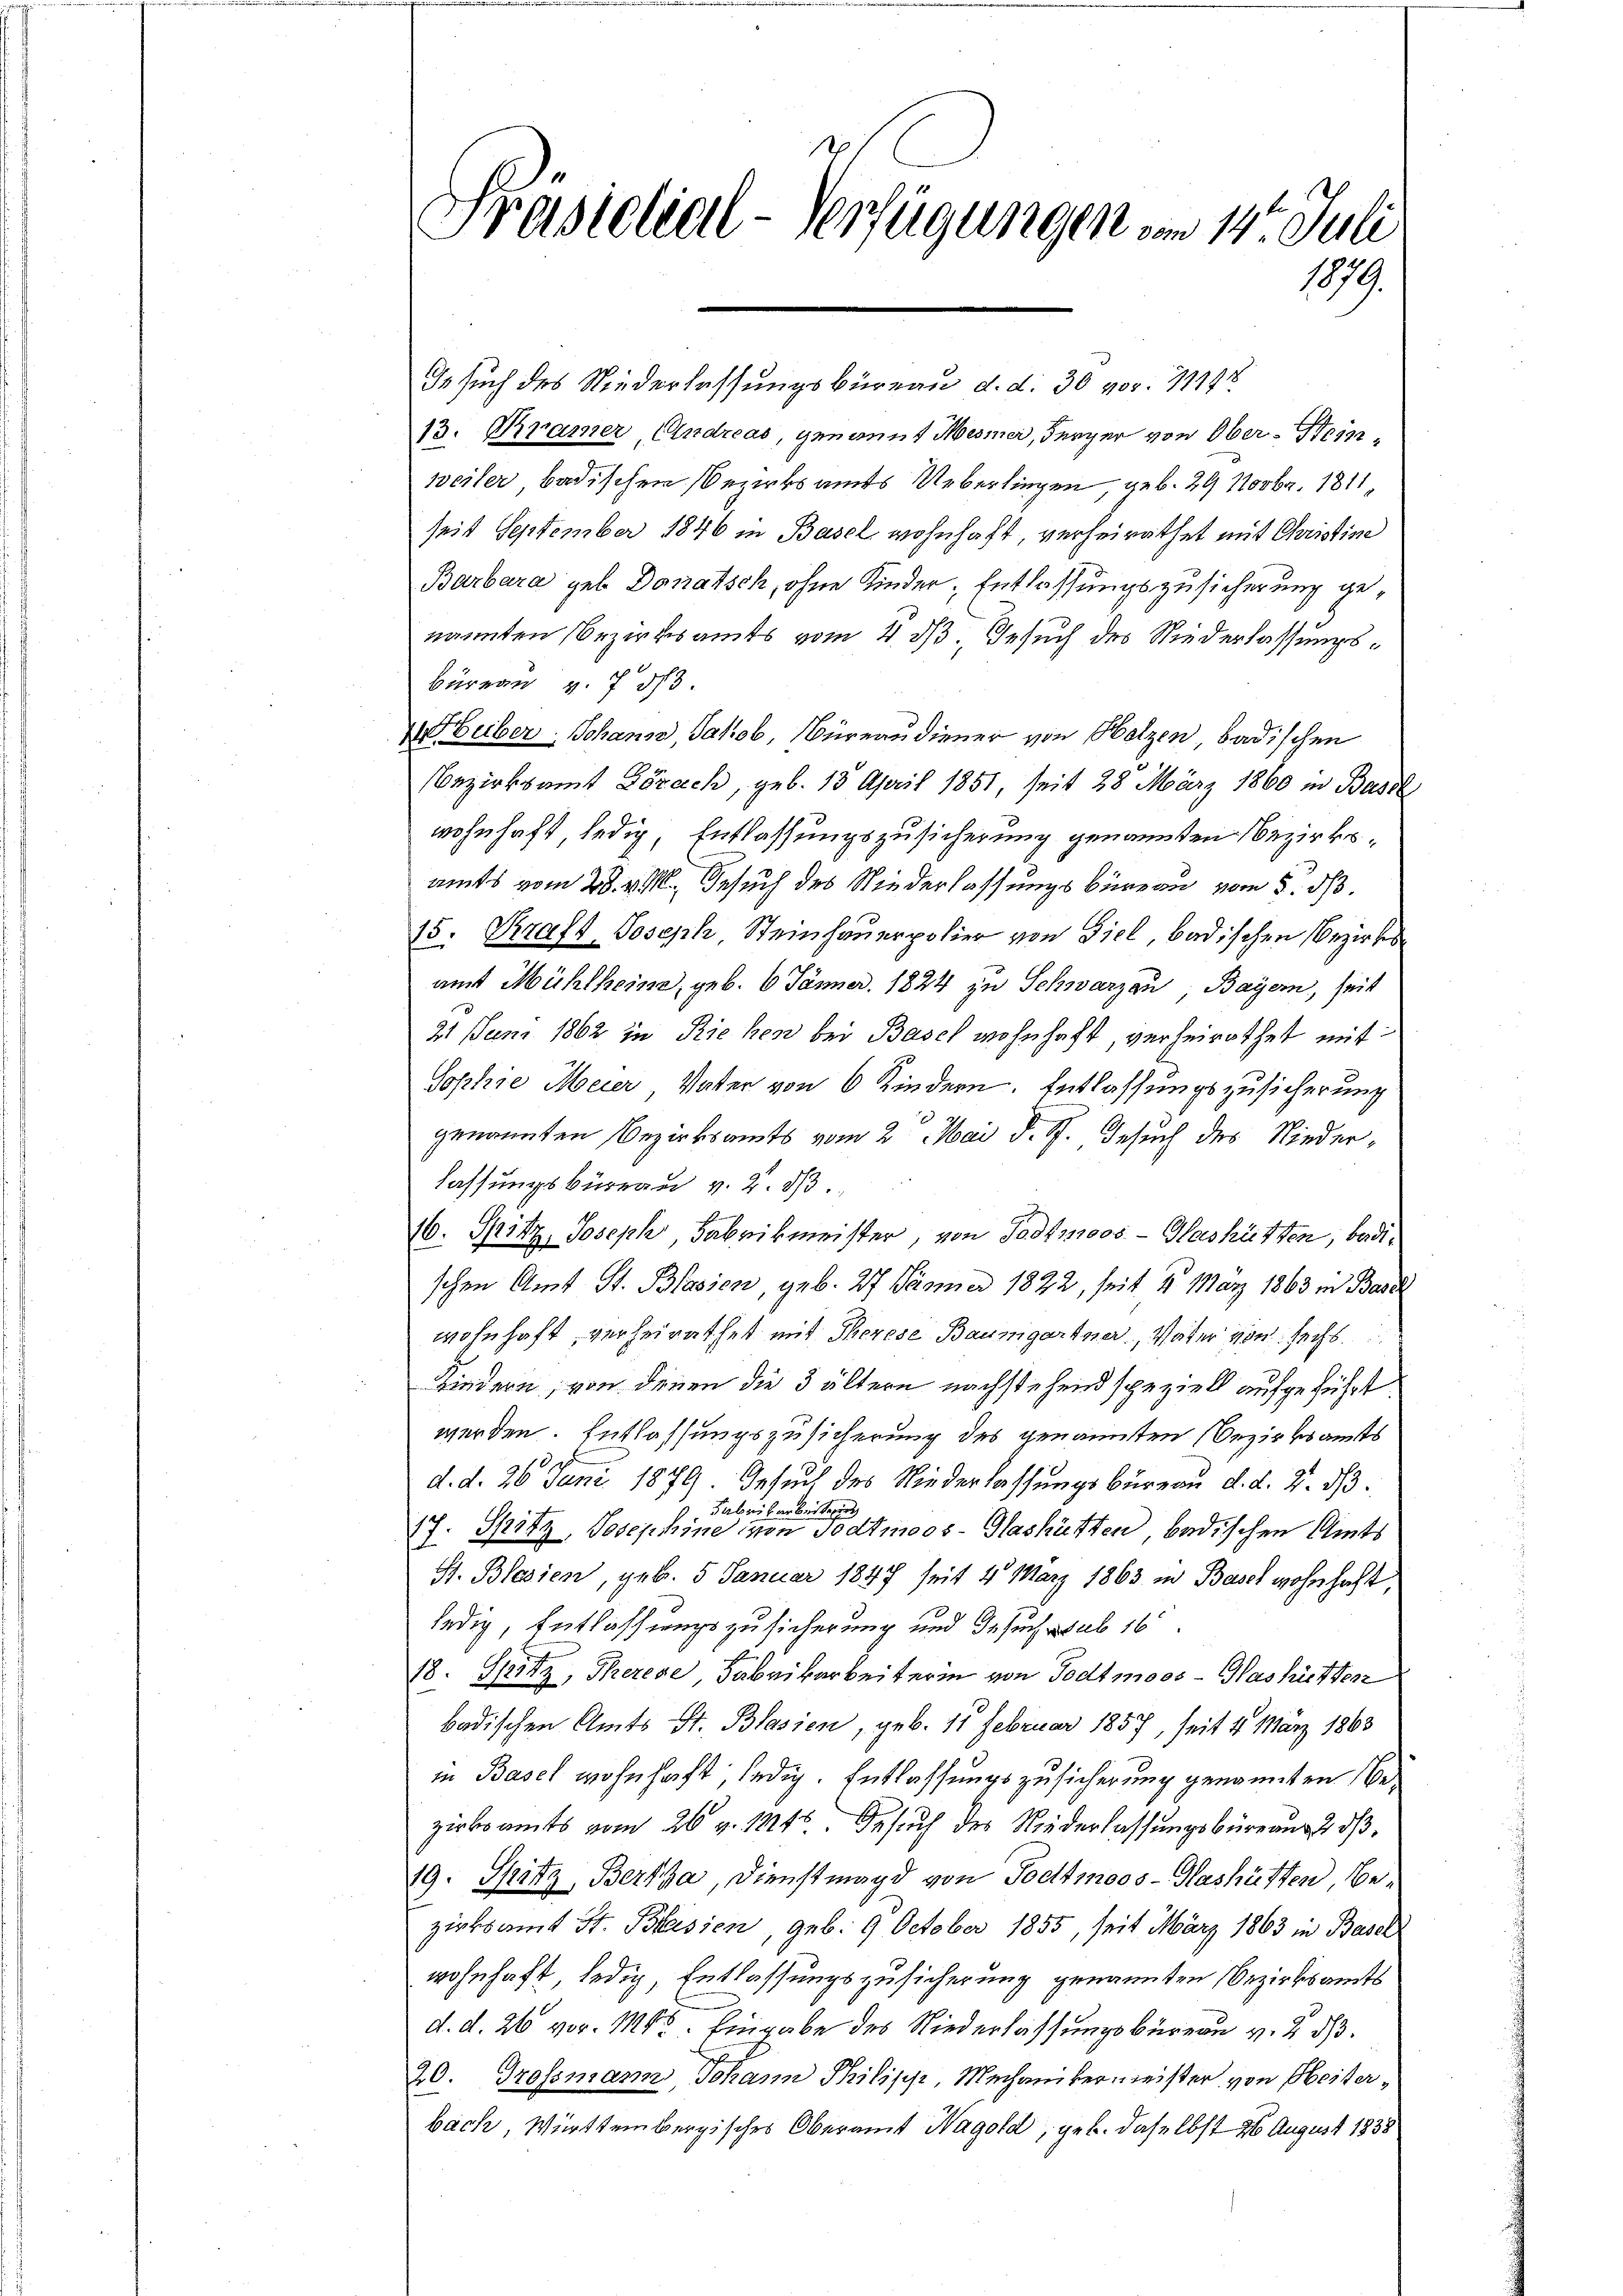
Präsidial-Verfügungen am 14. Juli
1879.

Ie such des Niederlassungsbüreau d. d. 30 vor. 11148
13. Cramer, Andreas, genannt Mesner, Bürger von Ober-Heinweiler badischen Bezirksamts Ueberliegen, geb. 29 Novbr. 1811,
seit September 1846 in Basel wohnhaft, verheirathet mit Christine
Barbara geb. Donatsch, ohne Kinder, Entlassungszusicherung genannten Bezirksamts vom 4. ds. Gesuch des Niederlassungs¬
Büreau v. 733
buber, Johann, Jakob, Nüreaudiener von Holzen, badischen
Bezirksamt Lörach, geb. 18 April 1851, seit 28 März 1860 in Basel
wohnhaft, ledig, Entlassungszusicherung genannten Bezirksamts vom 28. v. M. Gesuch des Niederlassungsbüreau vom 5. dß.
15. Kraft Joseph Steinhauerpolier von Ziel, badischen Bezirksamt Mühlheine, geb. 6. Jänner. 1824 zu Schwarzen, Bayern, seit
21 Juni 1862 in Riehen bei Basch wohnhaft, verheirathet mit¬
Sophie Meier Vater von 6 Kindern. Entlassungszusicherung
2
genannten Bezirksamts vom 2. Mai d. J. Gesuch des Niederlassungsbüreau v. 2. 33.
16. Spitz, Joseph, Fabrikmeister, von Todtmoos - Hashütten, badischen Amt St. Blasien, geb. 27 Dämmer 1822, seit 4. März 1863 in Basel
wohnhaft, verheirathet mit Therese Baumgartner, Vater von sechs
Kindern, von denen die 3 ältern nachstehend speziell aufgeführt
werden. Entlassungszusicherung des genannten Bezirksamts
d. d. 26. Juni 1879. Gesuch des Niederlassungsbüreau d. d. 2. 33.
 Fabrikarbeiterung
17. Spitz, Josephine von Todtmoos - Glashütten bedischen Amts
S. Blesien, geb. 5 Januar 1847 seit 4 März 1863 in Basch wohnhaft,
ledig, Entlassungszusicherung und Gesuch sub 16
18. Seitz, Therese, Fabrikarbeiterin von Todtmoos - Washietten
badischen Amts St. Blasien, geb. 11 Februar 1857, seit 4 März 1863
in Basel wohnhaft ledig. Entlassungszusicherung genannten Bezirksamts vom 26. v. 145. Gesuch des Niederlassungsbürgung 2 d
19. Spitz, Bertha, Dienstmagd von Todtmoos-Hashütten, Bezirksamt St. Blasien, geb. 9 October 1855, seit März 1863 in Basel
wohnhaft ledig, Entlassungszusicherung genannten Bezirksamts
d. d. 26 vor. Mts. Eingabe des Niederlassungsbüreau v. 2. ds.
20. Grossmann, Johann Philipp, Mechanikermeister von Seiterbach, Württembergisches Oberamt Wagold, geb. daselbst 26 August 1838